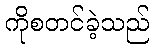
ကိုစတင်ခဲ့သည်